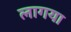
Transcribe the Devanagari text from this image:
लागया